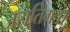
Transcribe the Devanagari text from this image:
जरातिगः।।